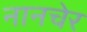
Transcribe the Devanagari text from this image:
नानचेर